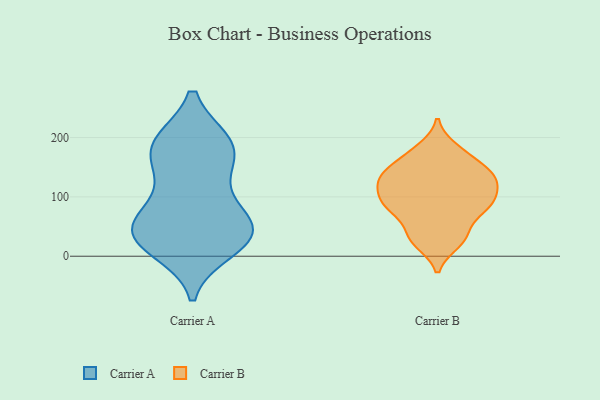
{"axis": {"x": "Headcount", "y": "Value"}, "legend": ["Carrier A", "Carrier B"], "data": [{"x": "", "y": 191, "type": "Carrier A"}, {"x": "", "y": 141, "type": "Carrier A"}, {"x": "", "y": 34, "type": "Carrier A"}, {"x": "", "y": 12, "type": "Carrier A"}, {"x": "", "y": 26, "type": "Carrier A"}, {"x": "", "y": 48, "type": "Carrier A"}, {"x": "", "y": 38, "type": "Carrier A"}, {"x": "", "y": 153, "type": "Carrier A"}, {"x": "", "y": 189, "type": "Carrier A"}, {"x": "", "y": 189, "type": "Carrier A"}, {"x": "", "y": 190, "type": "Carrier A"}, {"x": "", "y": 31, "type": "Carrier A"}, {"x": "", "y": 82, "type": "Carrier A"}, {"x": "", "y": 80, "type": "Carrier A"}, {"x": "", "y": 48, "type": "Carrier A"}, {"x": "", "y": 90, "type": "Carrier B"}, {"x": "", "y": 168, "type": "Carrier B"}, {"x": "", "y": 181, "type": "Carrier B"}, {"x": "", "y": 136, "type": "Carrier B"}, {"x": "", "y": 83, "type": "Carrier B"}, {"x": "", "y": 133, "type": "Carrier B"}, {"x": "", "y": 88, "type": "Carrier B"}, {"x": "", "y": 75, "type": "Carrier B"}, {"x": "", "y": 127, "type": "Carrier B"}, {"x": "", "y": 92, "type": "Carrier B"}, {"x": "", "y": 36, "type": "Carrier B"}, {"x": "", "y": 32, "type": "Carrier B"}, {"x": "", "y": 23, "type": "Carrier B"}, {"x": "", "y": 129, "type": "Carrier B"}, {"x": "", "y": 117, "type": "Carrier B"}, {"x": "", "y": 153, "type": "Carrier B"}]}